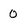
Character: 0